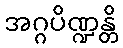
အဂ္ဂပိဏ္ဍန္တိ